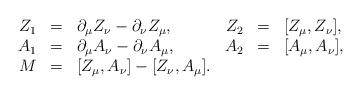
LaTeX: \begin{align*}\begin{array}{rclrcl}Z_1&=&\partial_{\mu}Z_{\nu}-\partial_{\nu}Z_{\mu},&Z_2&=&[Z_{\mu},Z_{\nu}],\\A_1&=&\partial_{\mu}A_{\nu}-\partial_{\nu}A_{\mu},&A_2&=&[A_{\mu},A_{\nu}],\\M&=&[Z_{\mu},A_{\nu}]-[Z_{\nu},A_{\mu}].&&&\end{array}\end{align*}